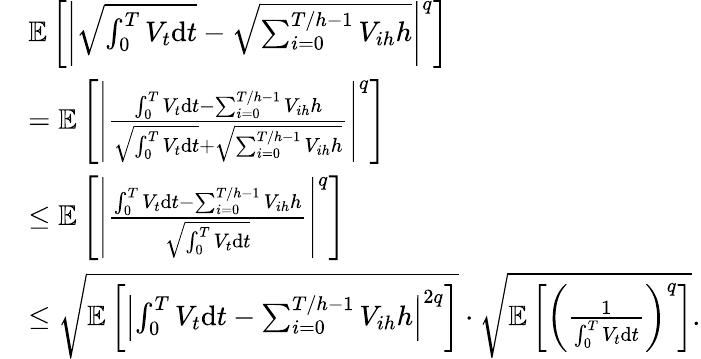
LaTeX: \begin{array}{rl}&{\mathbb{E}\left[\left|\sqrt{\int_{0}^{T}V_{t}\mathrm{d}t}-\sqrt{\sum_{i=0}^{T/h-1}V_{ih}h}\right|^{q}\right]}\\ &{=\mathbb{E}\left[\left|\frac{\int_{0}^{T}V_{t}\mathrm{d}t-\sum_{i=0}^{T/h-1}V_{ih}h}{\sqrt{\int_{0}^{T}V_{t}\mathrm{d}t}+\sqrt{\sum_{i=0}^{T/h-1}V_{ih}h}}\right|^{q}\right]}\\ &{\leq\mathbb{E}\left[\left|\frac{\int_{0}^{T}V_{t}\mathrm{d}t-\sum_{i=0}^{T/h-1}V_{ih}h}{\sqrt{\int_{0}^{T}V_{t}\mathrm{d}t}}\right|^{q}\right]}\\ &{\leq\sqrt{\mathbb{E}\left[\left|\int_{0}^{T}V_{t}\mathrm{d}t-\sum_{i=0}^{T/h-1}V_{ih}h\right|^{2q}\right]}\cdot\sqrt{\mathbb{E}\left[\left(\frac{1}{\int_{0}^{T}V_{t}\mathrm{d}t}\right)^{q}\right]}.}\end{array}